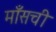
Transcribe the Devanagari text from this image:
माँसची